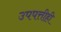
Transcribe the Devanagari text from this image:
उपपत्तीही